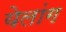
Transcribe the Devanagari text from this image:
येलांग